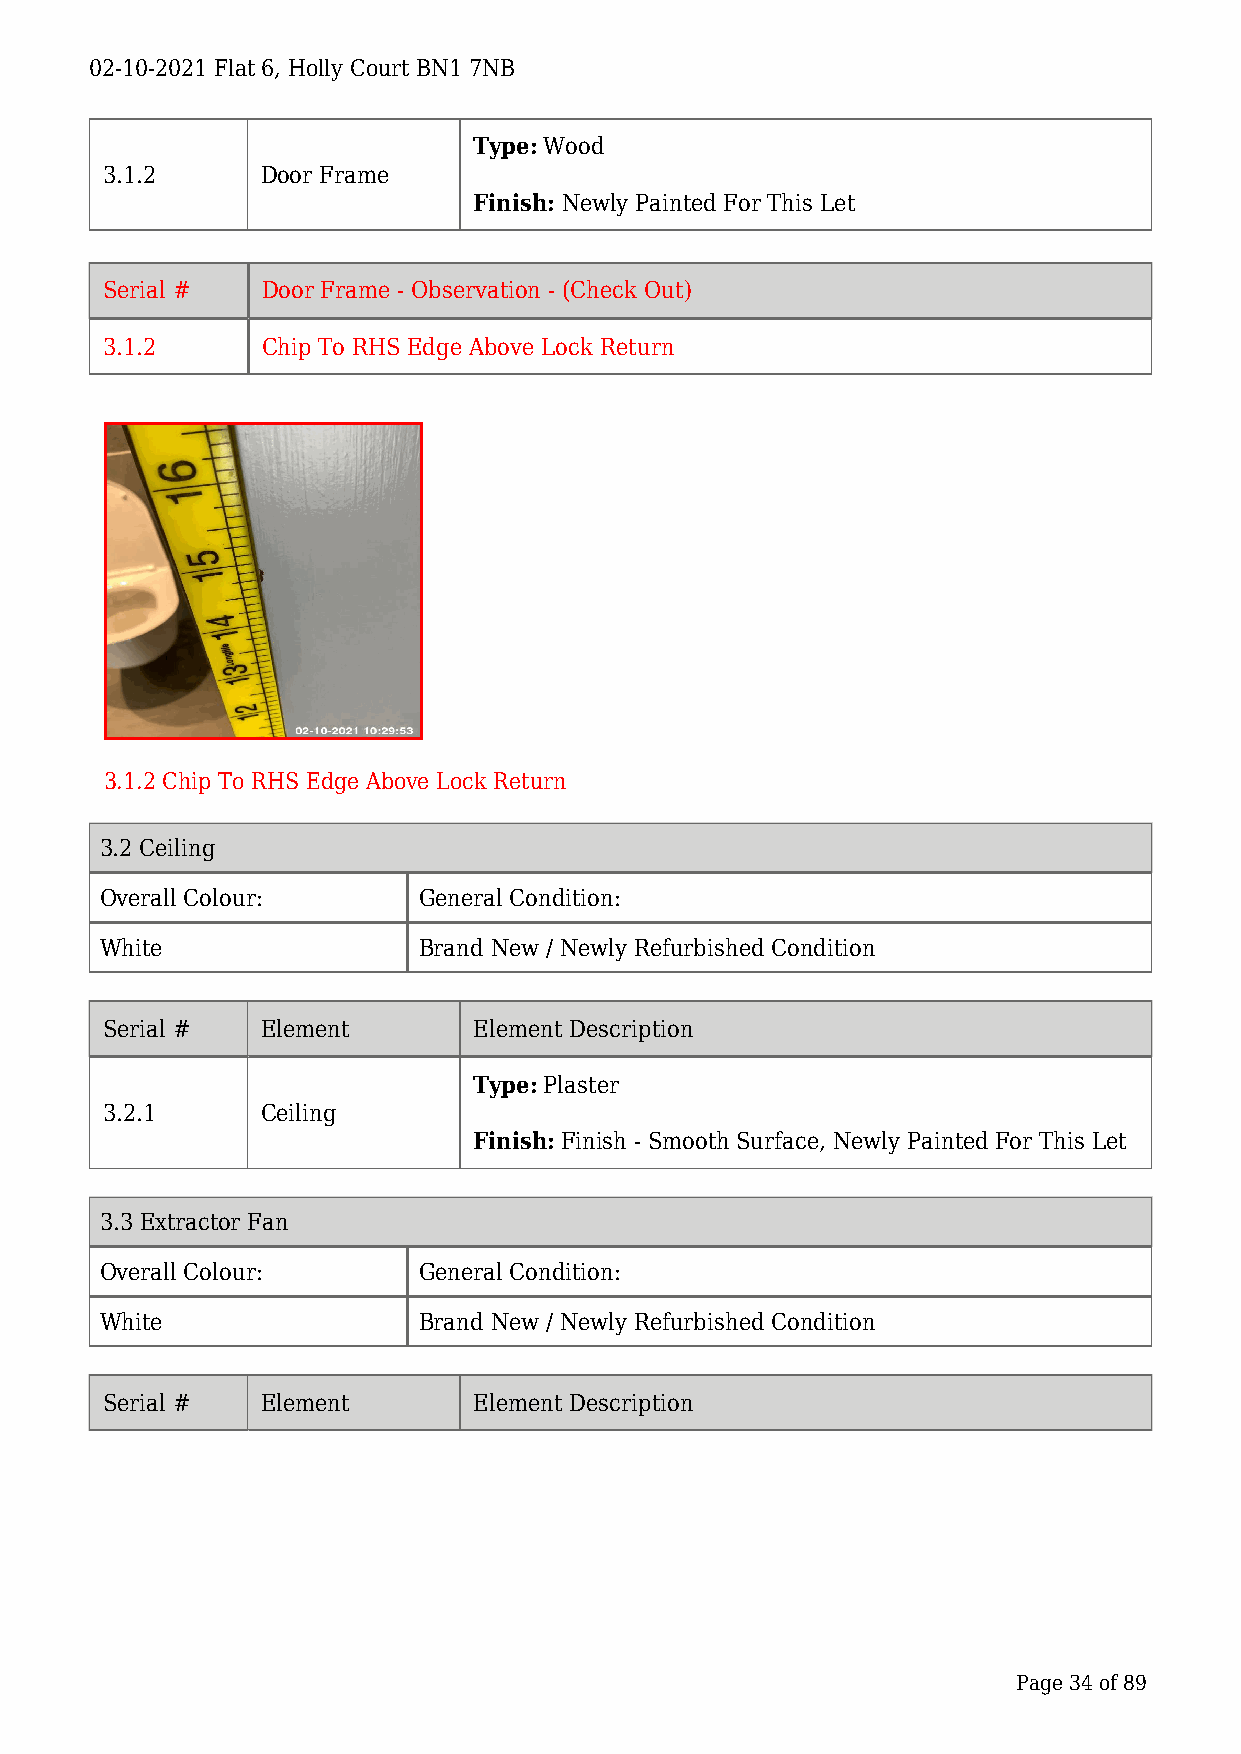
02-10-2021 Flat 6, Holly Court BN1 7NB
 Type: Wood
 3.1.2     Door Frame
 Finish: Newly Painted For This Let
 Serial #  Door Frame - Observation - (Check Out)
 3.1.2     Chip To RHS Edge Above Lock Return
 3.1.2 Chip To RHS Edge Above Lock Return
 3.2 Ceiling
 Overall Colour:      General Condition:
 White                Brand New / Newly Refurbished Condition
 Serial #  Element       Element Description
 Type: Plaster
 3.2.1     Ceiling
 Finish: Finish - Smooth Surface, Newly Painted For This Let
 3.3 Extractor Fan
 Overall Colour:      General Condition:
 White                Brand New / Newly Refurbished Condition
 Serial #  Element       Element Description
 Page 34 of 89